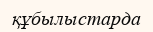
құбылыстарда